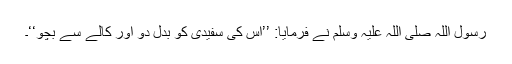
رسول اللہ صلی اللہ علیہ وسلم نے فرمایا: ’’اس کی سفیدی کو بدل دو اور کالے سے بچو‘‘۔